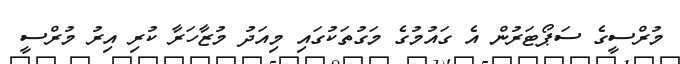
މުރްސީގެ ސަޕޯޓަރުން އެ ގައުމުގެ މަގުތަކުގައި މިއަދު މުޒާހަރާ ކުރި އިރު މުރްސީ